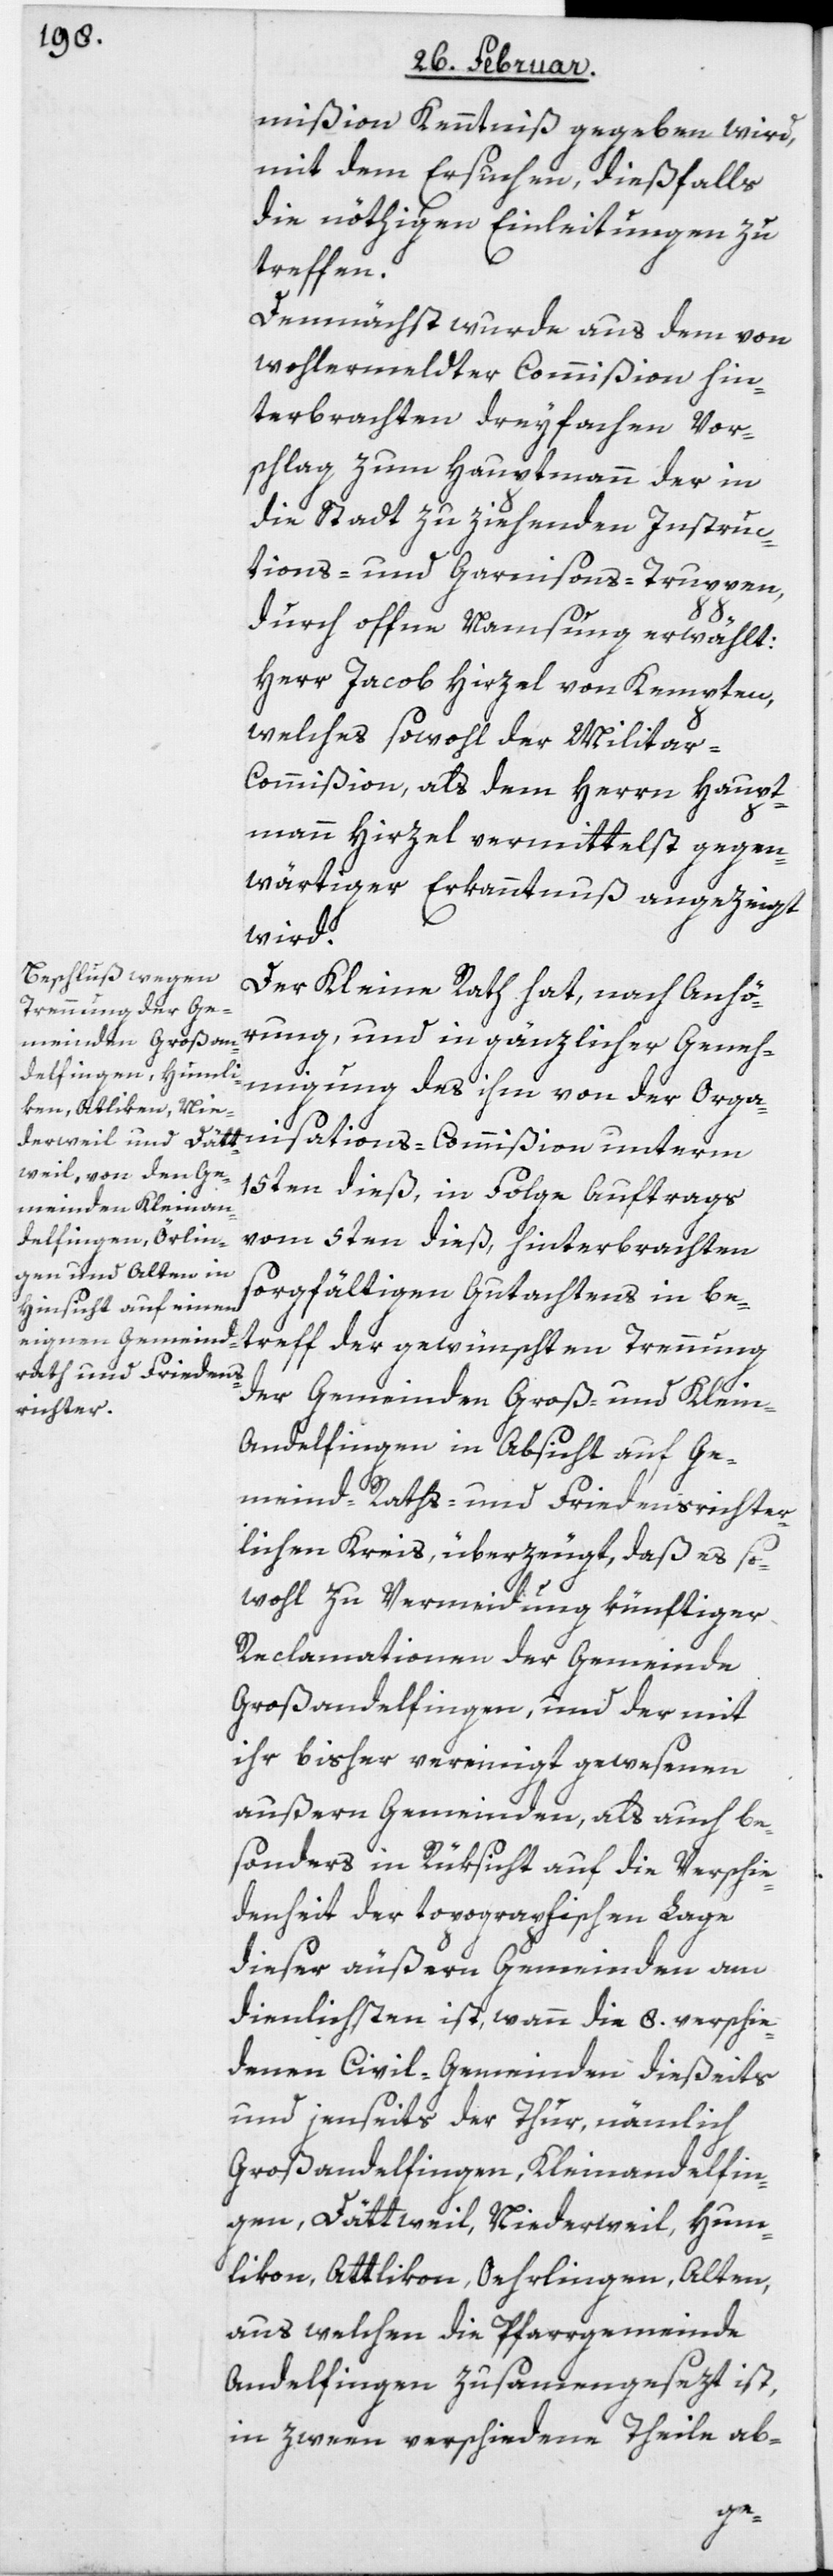
mißion Kenntniß gegeben wird,
mit dem Ersuchen, dießfalls
die nöthigen Einleitungen zu
treffen.
Demnächst wurde aus dem von
wohlermeldter Commißion hin¬
terbrachten dreyfachen Vor¬
schlag zum Hauptmann der in
die Stadt zu ziehenden Instruc¬
tions- und Garnisons-Truppen,
durch offne Namsung erwählt:
Herr Jacob Hirzel von Kempten,
welches sowohl der Milita¬
r-Commißion, als dem Herrn Haupt¬
mann Hirzel vermittelst gegen¬
wärtiger Erkanntnuß angezeigt
wird.
Der Kleine Rath hat, nach Anhö¬
rung, und in gänzlicher Geneh¬
migung des ihm von der Orga¬
nisations-Commißion unterm
15ten dieß, in Folge Auftrags
vom 5ten dieß, hinterbrachten
sorgfältigen Gutachtens in be¬
treff der gewünschten Trennung
der Gemeinden Groß- und Klein-A¬
ndelfingen in Absicht auf Ge¬
meind-Raths- und Friedensrichter¬
lichen Kreis, überzeugt, daß es so¬
wohl zu Vermeidung künftiger
Reclamationen der Gemeinde
Großandelfingen, und der mit
ihr bisher vereinigt gewesenen
außern Gemeinden, als auch be¬
sonders in Rüksicht auf die Verschie¬
denheit der topographischen Lage
dieser äußern Gemeinden am
dienlichsten ist, wann die 8. verschie¬
denen Civil-Gemeinden dießeits
und jenseits der Thur, nämlich
Großandelfingen, Kleinandelfin¬
gen, Dättweil, Niederweil, Hum¬
likon, Attlikon, Oehrlingen, Alten,
aus welchen die Pfarrgemeinde
Andelfingen zusamengesezt ist,
in zween verschiedene Theile ab-